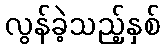
လွန်ခဲ့သည့်နှစ်